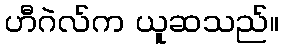
ဟီဂဲလ်က ယူဆသည်။